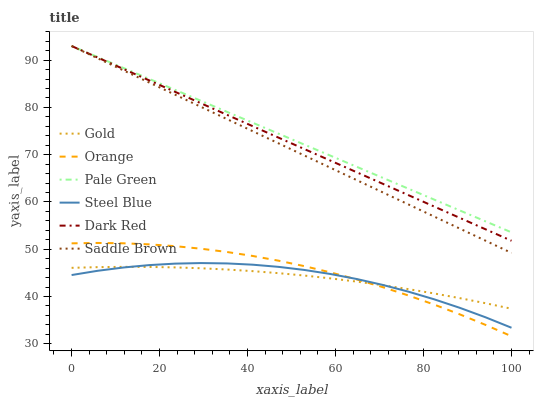
| xaxis_label | Gold | Orange | Pale Green | Steel Blue | Dark Red | Saddle Brown |
 | --- | --- | --- | --- | --- | --- | --- |
 | 0 | 46.1 | 51.2 | 93 | 44.5 | 93 | 93 |
 | 5.88 | 46.2 | 51.3 | 90.7 | 45.4 | 90.6 | 90.4 |
 | 11.8 | 46.3 | 51.3 | 88.4 | 46.1 | 88.2 | 87.8 |
 | 17.6 | 46.3 | 51 | 86 | 46.6 | 85.7 | 85.3 |
 | 23.5 | 46.2 | 50.6 | 83.7 | 47 | 83.3 | 82.7 |
 | 29.4 | 46 | 50.1 | 81.4 | 47.1 | 80.9 | 80.1 |
 | 35.3 | 45.7 | 49.4 | 79.1 | 47 | 78.5 | 77.5 |
 | 41.2 | 45.4 | 48.6 | 76.8 | 46.7 | 76 | 75 |
 | 47.1 | 44.9 | 47.6 | 74.4 | 46.3 | 73.6 | 72.4 |
 | 52.9 | 44.4 | 46.4 | 72.1 | 45.6 | 71.2 | 69.8 |
 | 58.8 | 43.8 | 45.1 | 69.8 | 44.8 | 68.8 | 67.2 |
 | 64.7 | 43.2 | 43.6 | 67.5 | 43.7 | 66.3 | 64.7 |
 | 70.6 | 42.4 | 42 | 65.2 | 42.5 | 63.9 | 62.1 |
 | 76.5 | 41.6 | 40.2 | 62.8 | 41.1 | 61.5 | 59.5 |
 | 82.4 | 40.7 | 38.3 | 60.5 | 39.4 | 59.1 | 56.9 |
 | 88.2 | 39.7 | 36.2 | 58.2 | 37.6 | 56.6 | 54.4 |
 | 94.1 | 38.6 | 34 | 55.9 | 35.6 | 54.2 | 51.8 |
 | 100 | 37.4 | 31.6 | 53.6 | 33.4 | 51.8 | 49.2 |